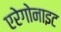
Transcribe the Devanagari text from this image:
एरेगोनाइट